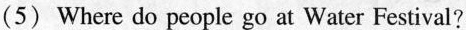
(5) Where do people go at Water Festival?